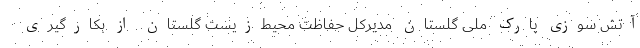
آتش سوزی پارک ملی گلستان مدیرکل حفاظت محیط‌زیست گلستان از بکارگیری